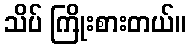
သိပ် ကြိုးစားတယ်။